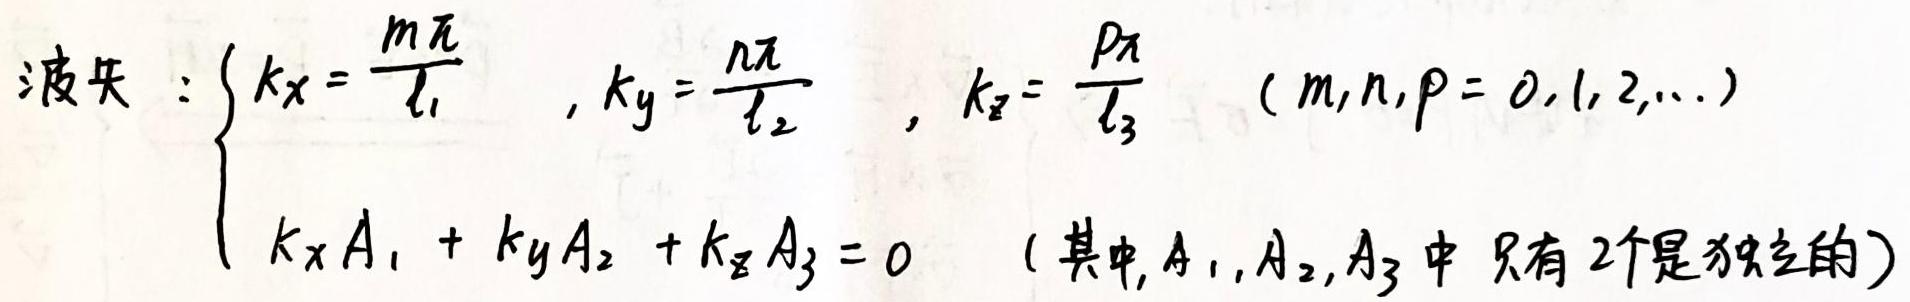
波矢:\begin{cases}
$k_x=\frac{m\pi}{l_1}\quad,k_y=\frac{n\pi}{l_2}\quad,k_z=\frac{p\pi}{l_3}\quad(m,n,p=0,1,2,\cdots)k_xA_1+k_yA_2+k_zA_3=0\quad($其中$,A_1,A_2,A_3$中只有2个是独立的)\end{cases}